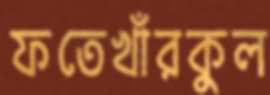
ফতেখাঁরকুল